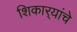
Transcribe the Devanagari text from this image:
शिकार्‍यांचे